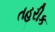
તહરીક